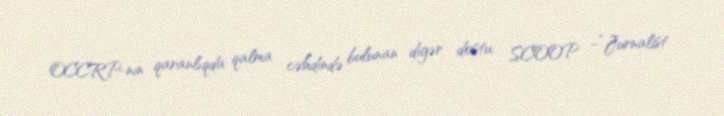
OCCRP-nin qaranlıqda qalma cəhdində bulunan digər dostu: SCOOP –“Jurnalist